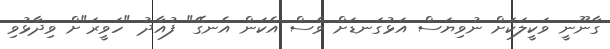
ގާނޫނީ ވަކީލަކަށް ނުވިޔަސް އަޅުގަނޑަށް ވެސް އެކަން އެނގޭ" ފުއާދު "ހަވީރަ"ށް ވިދާޅުވި